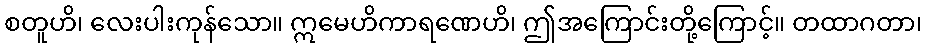
စတူဟိ၊ လေးပါးကုန်သော။ ဣမေဟိကာရဏေဟိ၊ ဤအကြောင်းတို့ကြောင့်။ တထာဂတာ၊